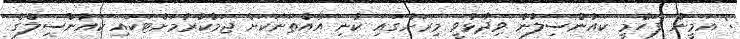
: އަމީން ފަހްމީ ކައުންސިލުން ވިދާޅުވީ މިރަށުގައި ކުނި އެއްތަނަކަށް ޖަމާކުރުމަށްޓަކައި ކައުންސިލްގެ